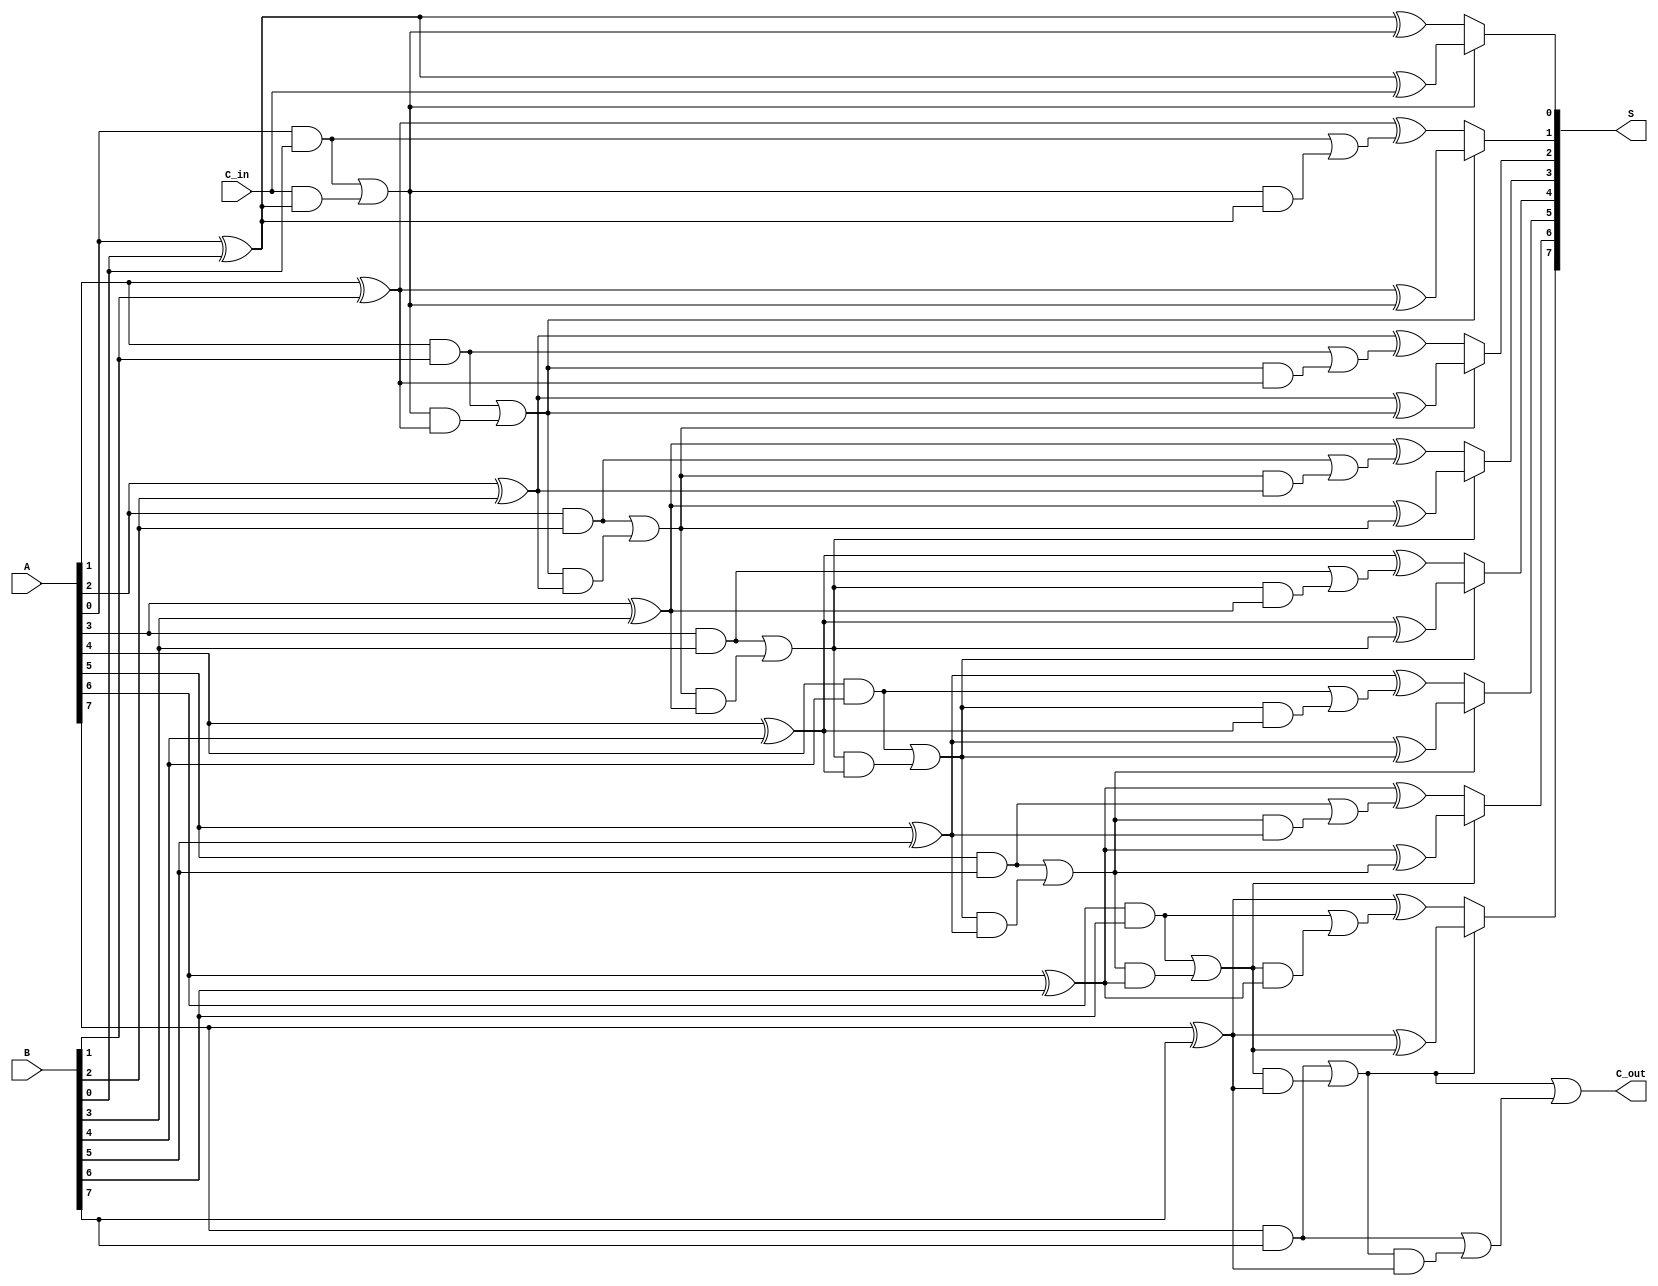
module conditional_sum_adder #(parameter n = 8) (
    input  [n-1:0] A,      // First n-bit input
    input  [n-1:0] B,      // Second n-bit input
    input          C_in,    // Carry input
    output [n-1:0] S,       // Sum output
    output         C_out     // Carry output
);

    wire [n-1:0] S0;         // Partial sums without carry
    wire [n-1:0] S1;         // Partial sums with carry
    wire [n-1:0] C0;         // Carry outputs without carry
    wire [n-1:0] C1;         // Carry outputs with carry

    // Generate the partial sums and carries for each bit position
    genvar i;
    generate
        for (i = 0; i < n; i = i + 1) begin : CSA_bit
            assign S0[i] = A[i] ^ B[i] ^ (i == 0 ? C_in : C0[i-1]);
            assign C0[i] = (A[i] & B[i]) | ((i == 0 ? C_in : C0[i-1]) & (A[i] ^ B[i]));
            assign S1[i] = A[i] ^ B[i] ^ (i == 0 ? C0[i] : C1[i-1]);
            assign C1[i] = (A[i] & B[i]) | (C0[i] & (A[i] ^ B[i]));
        end
    endgenerate

    // Select the final sum based on the carry conditions
    generate
        for (i = 0; i < n; i = i + 1) begin : Select_sum
            assign S[i] = C0[i] ? S0[i] : S1[i];
        end
    endgenerate

    // Determine the final carry output
    assign C_out = C0[n-1] | C1[n-1];

endmodule